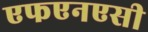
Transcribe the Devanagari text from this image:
एफएनएसी